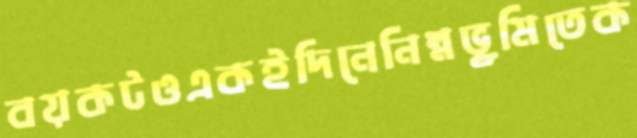
বয়কটওএকইদিনেনিম্নভূমিতেক